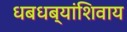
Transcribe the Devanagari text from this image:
धबधब्यांशिवाय